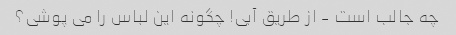
چه جالب است - از طریق آبی! چگونه این لباس را می پوشی؟